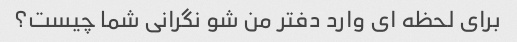
برای لحظه ای وارد دفتر من شو نگرانی شما چیست؟